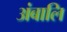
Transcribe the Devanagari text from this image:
अंबालि